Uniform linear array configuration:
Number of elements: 32
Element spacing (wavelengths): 0.25
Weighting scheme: uniform
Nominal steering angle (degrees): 15
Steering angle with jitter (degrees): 13.691
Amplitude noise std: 0.05
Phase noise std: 0.05

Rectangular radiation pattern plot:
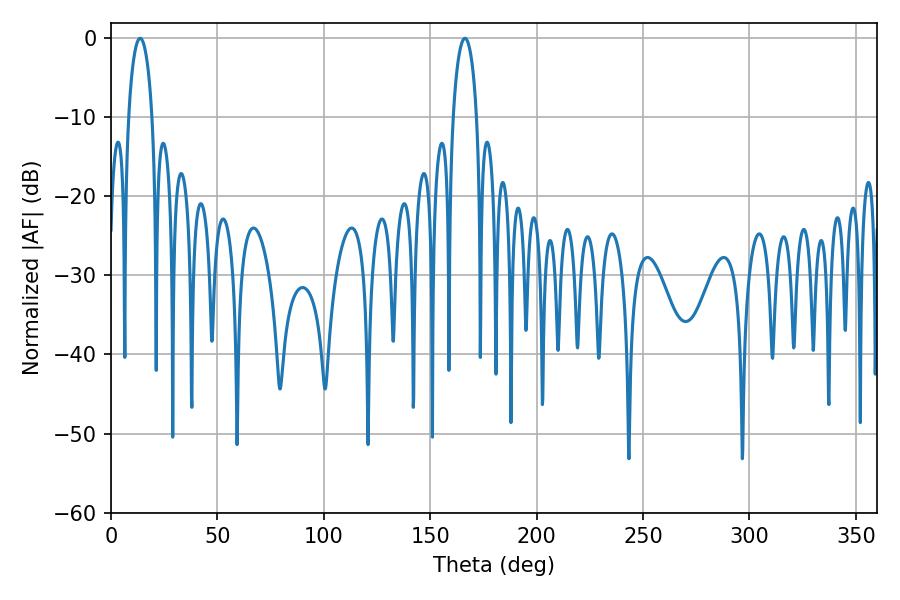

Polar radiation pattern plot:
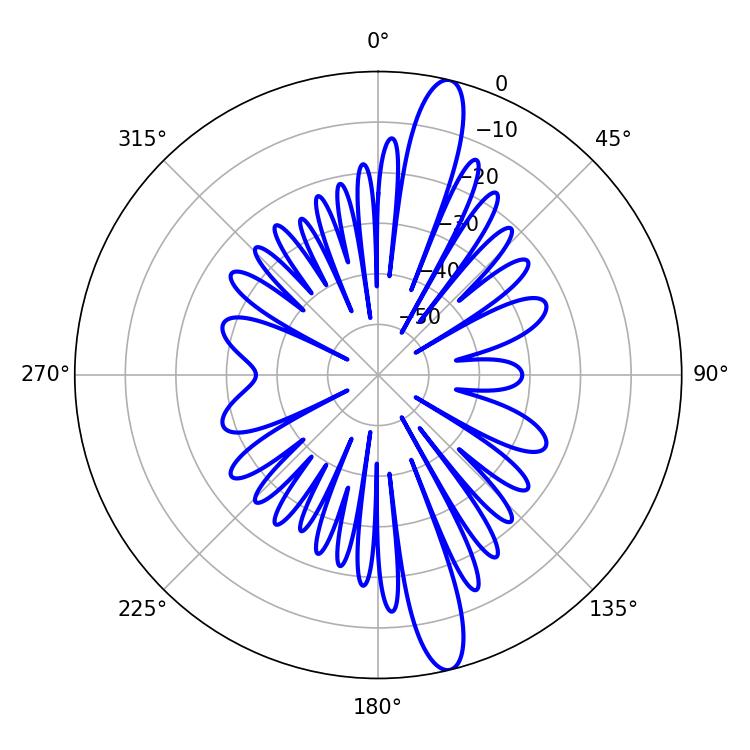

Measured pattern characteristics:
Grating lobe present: FALSE
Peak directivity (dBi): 15.228
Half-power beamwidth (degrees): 6.3
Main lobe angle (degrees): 13.68